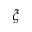
\boldsymbol \xi